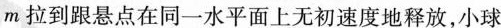
m拉到跟悬点在同一水平面上无初速度地释放，小球